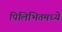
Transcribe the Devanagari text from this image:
पिलिभितमध्ये